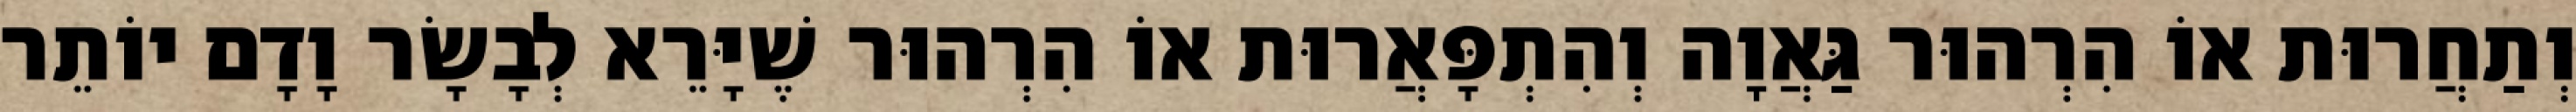
וְתַחֲרוּת אוֹ הִרְהוּר גַּאֲוָה וְהִתְפָּאֲרוּת אוֹ הִרְהוּר שֶׁיָּרֵא לְבָשָׂר וָדָם יוֹתֵר